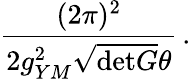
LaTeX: \frac{(2\pi)^{2}}{2g_{YM}^{2}\sqrt{\mathrm{det}G}\theta}\, .